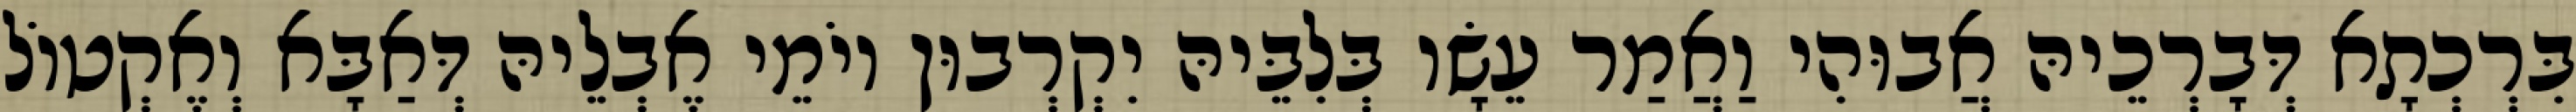
בִּרְכְתָא דְּבָרְכֵיהּ אֲבוּהִי וַאֲמַר עֵשָׂו בְּלִבֵּיהּ יִקְרְבוּן יוֹמֵי אֶבְלֵיהּ דְּאַבָּא וְאֶקְטוֹל